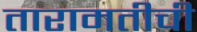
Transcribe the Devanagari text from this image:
तारामतीची